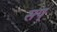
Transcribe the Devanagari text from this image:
सप्